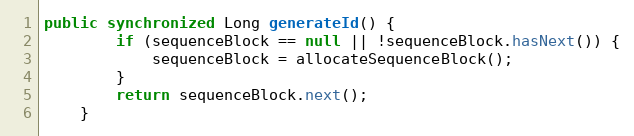
Language: Java
public synchronized Long generateId() {
        if (sequenceBlock == null || !sequenceBlock.hasNext()) {
            sequenceBlock = allocateSequenceBlock();
        }
        return sequenceBlock.next();
    }